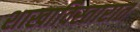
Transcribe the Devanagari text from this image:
शाखाविस्तारात